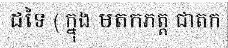
ដទៃ ( ក្នុង មតកភត្ត ជាតក